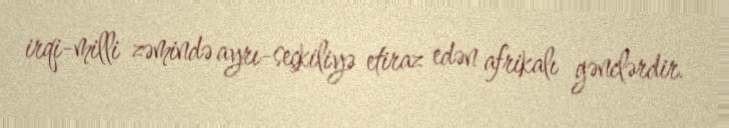
irqi-milli zəmində ayrı-seçkiliyə etiraz edən afrikalı gənclərdir.